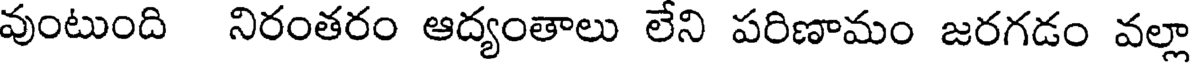
వుంటుంది నిరంతరం ఆద్యంతాలు లేని పరిణామం జరగడం వల్లా